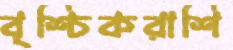
বৃশ্চিকরাশি